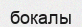
бокалы